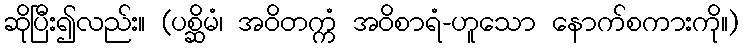
ဆိုပြီး၍လည်း။ (ပစ္ဆိမံ၊ အဝိတက္ကံ အဝိစာရံ-ဟူသော နောက်စကားကို။)